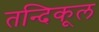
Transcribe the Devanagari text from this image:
तन्दिकूल